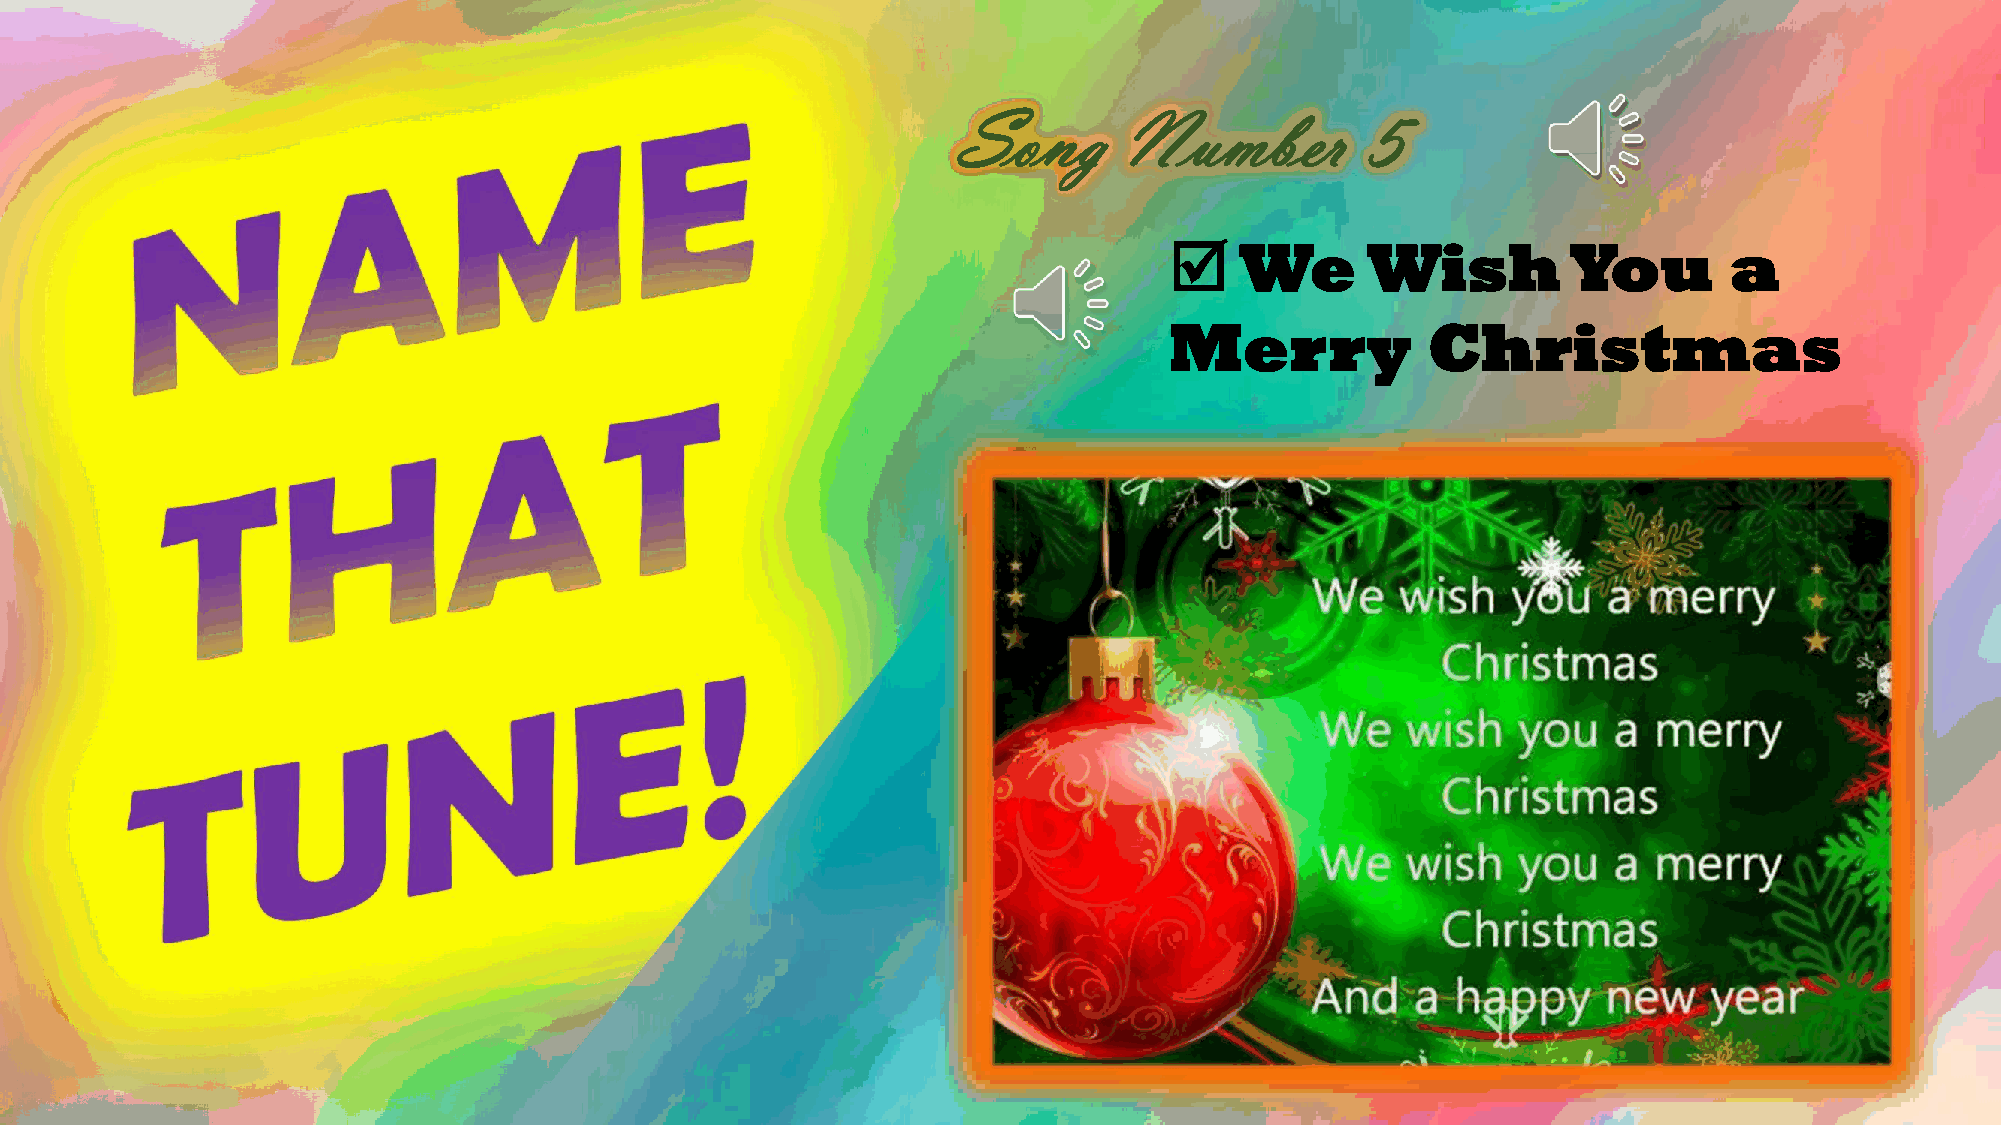
Song       Number          5
     We      Wish          You       a
 Merry             Christmas